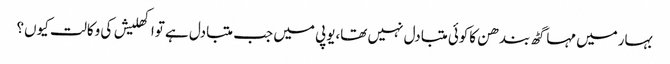
بہارمیں مہاگٹھ بندھن کاکوئی متبادل نہیں تھا،یوپی میں جب متبادل ہے تواکھلیش کی وکالت کیوں؟